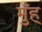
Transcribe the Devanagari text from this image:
मुँह्